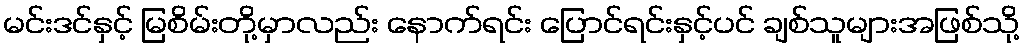
မင်းဒင်နှင့် မြစိမ်းတို့မှာလည်း နောက်ရင်း ပြောင်ရင်းနှင့်ပင် ချစ်သူများအဖြစ်သို့